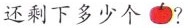
还剩下多少个 ?